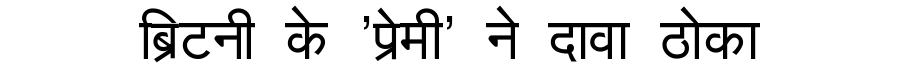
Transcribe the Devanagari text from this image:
ब्रिटनी के 'प्रेमी' ने दावा ठोका